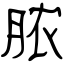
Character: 脓